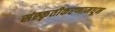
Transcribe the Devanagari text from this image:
संस्कृतीकरणामधून